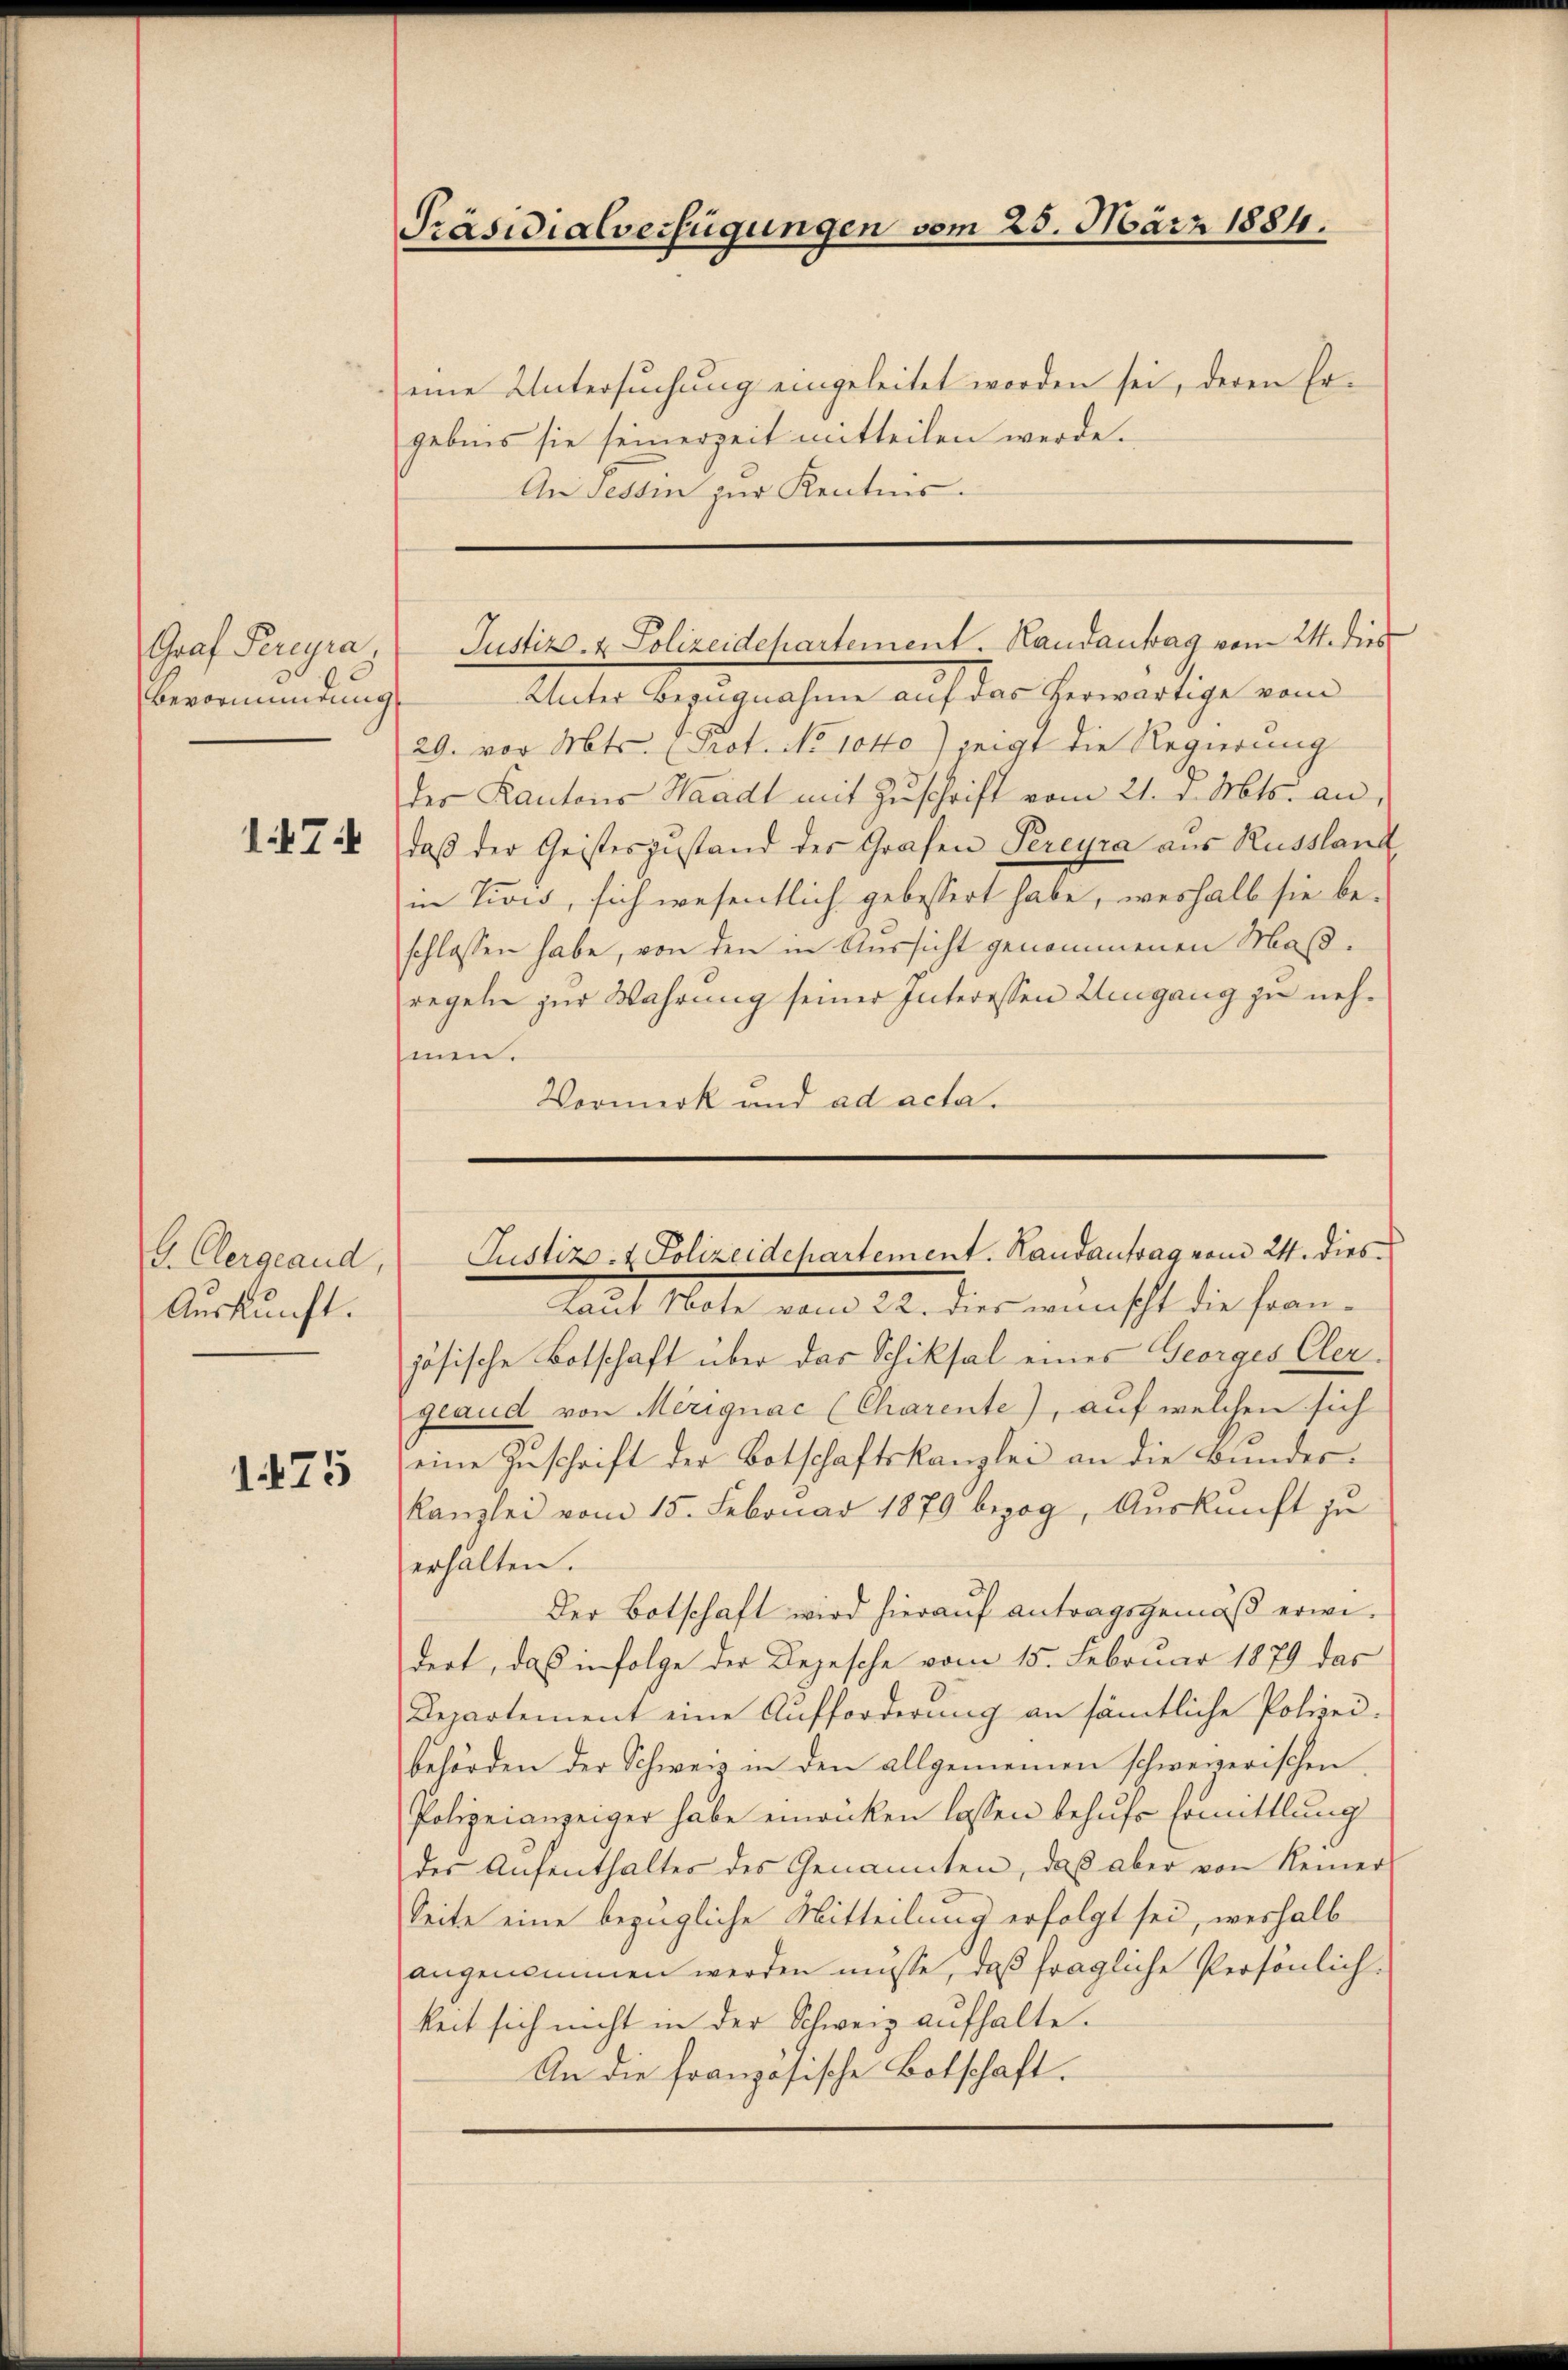
Bevormundung
174

E. Clergeaud,
Auskunft.

1475

Präsidialverfügungen vom 25. März 1884.

eine Untersuchung eingeleitet worden sei, deren Ergebnis sie seinerzeit mitteilen werde.
An Tessin zur Kenntnis.

Graf Pereyra, Justiz- & Polizeidepartement. Handantag vom 24. dies

Unter Bezugnahme auf das herwärtige vom
29. vor Mts. (Prot. No 1040) zeigt die Regierung
der Kantons Waadt mit Zŭschrift vom 21. v. Mts. an,
daß der Geisteszustand des Grafen Pereyra aus Russland
in Zivis, sich wesentlich gebessert habe, weshalb sie beschlossen habe, von den in Aussicht genommenen Maßregeln zur Wahrung seiner Interessen Zeugang zu nehmen.
Vormerk und ad acta.

Laut Note vom 22. dies wünscht die franjösische Botschaft über das Schiksal eines Georges Cler-
geaud von Merignac (Charente), auf welchen sich
eine Zuschrift der Botschaftskanzlei an die Bundes¬
Kanzlei vom 15. Februar 1879 bezog, Auskunft zu
erhalten.
Der Botschaft wird hierauf antragsgemäß erwidert, daß infolge der Depesche vom 15. Februar 1879 das
Departement eine Aufforderung an sämtliche Polizei-
behörden der Schweiz in den allgemeinen schweizerischen
Polizeianzeiger habe einrücken lassen behufs Ermittlung
des Aŭfenthalter des Genannten, daß aber von Keiner
Seite eine bezügliche Mitteilung erfolgt sei, weshalb
angenommen werden müsse, daß fragliche Persönlich-
keit sich nicht in der Schweiz aufhalte.
An die französische Botschaft.

Justiz- & Polizeidepartement. Handantrag vom 24. dies